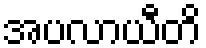
အပလာယီတိ